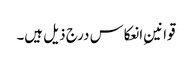
قوانینِ انعکاس درج ذیل ہیں۔